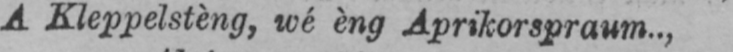
A Kleppelstèng, wé èng Aprikorspraum..,